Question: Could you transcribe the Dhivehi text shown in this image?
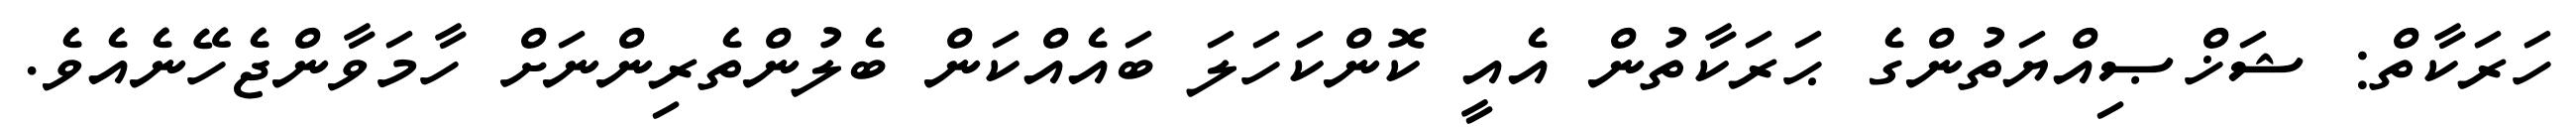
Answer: ހަރަކާތް: ޝަޚްޞިއްޔަތުންގެ ޙަރަކާތުން އެއީ ކޮންކަހަލަ ބައެއްކަން ބެލުންތެރިންނަށް ހާމަވާންޖެހޭނެއެވެ.